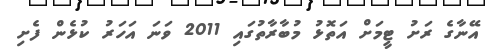
އޭނާގެ ރަށު ޓީމަށް އަތޮޅު މުބާރާތުގައި 2011 ވަނަ އަހަރު ކުޅެން ފެށި